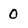
Character: 0